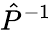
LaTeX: \hat{P}^{-1}